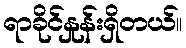
ရာခိုင်နှုန်းရှိတယ်။